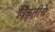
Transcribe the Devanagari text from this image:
विकृतीचे